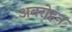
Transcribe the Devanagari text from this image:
अवरोहन